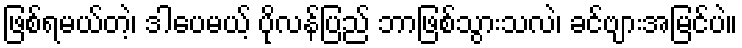
ဖြစ်ရမယ်တဲ့၊ ဒါပေမယ့် ပိုလန်ပြည် ဘာဖြစ်သွားသလဲ၊ ခင်ဗျားအမြင်ပဲ။